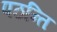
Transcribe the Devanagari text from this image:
पठन्ति